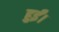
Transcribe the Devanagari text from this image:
हुर्ईं।